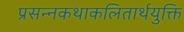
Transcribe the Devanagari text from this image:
प्रसन्नकथाकलितार्थयुक्ति